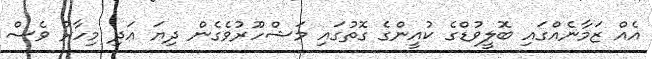
އެއް ޒަމާނެއްގައި ބޮލީވުޑްގެ ކުއީންގެ ގޮތުގައި މަޝްހޫރުވެގެން ދިޔަ އަދި މިހާރު ވެސް